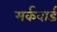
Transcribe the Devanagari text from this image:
मर्कवार्ड